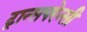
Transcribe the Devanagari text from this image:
ट्रान्सपरेन्सी